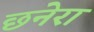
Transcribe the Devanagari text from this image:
छनेरा